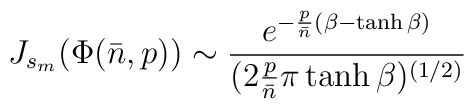
J_{s_m}(\Phi({\bar n},p)) \sim{e^{-{p \over {\bar n}}(\beta-\tanh\beta)}\over(2 {p \over {\bar n}}\pi\tanh\beta)^{(1/2)}}